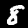
Label: 8